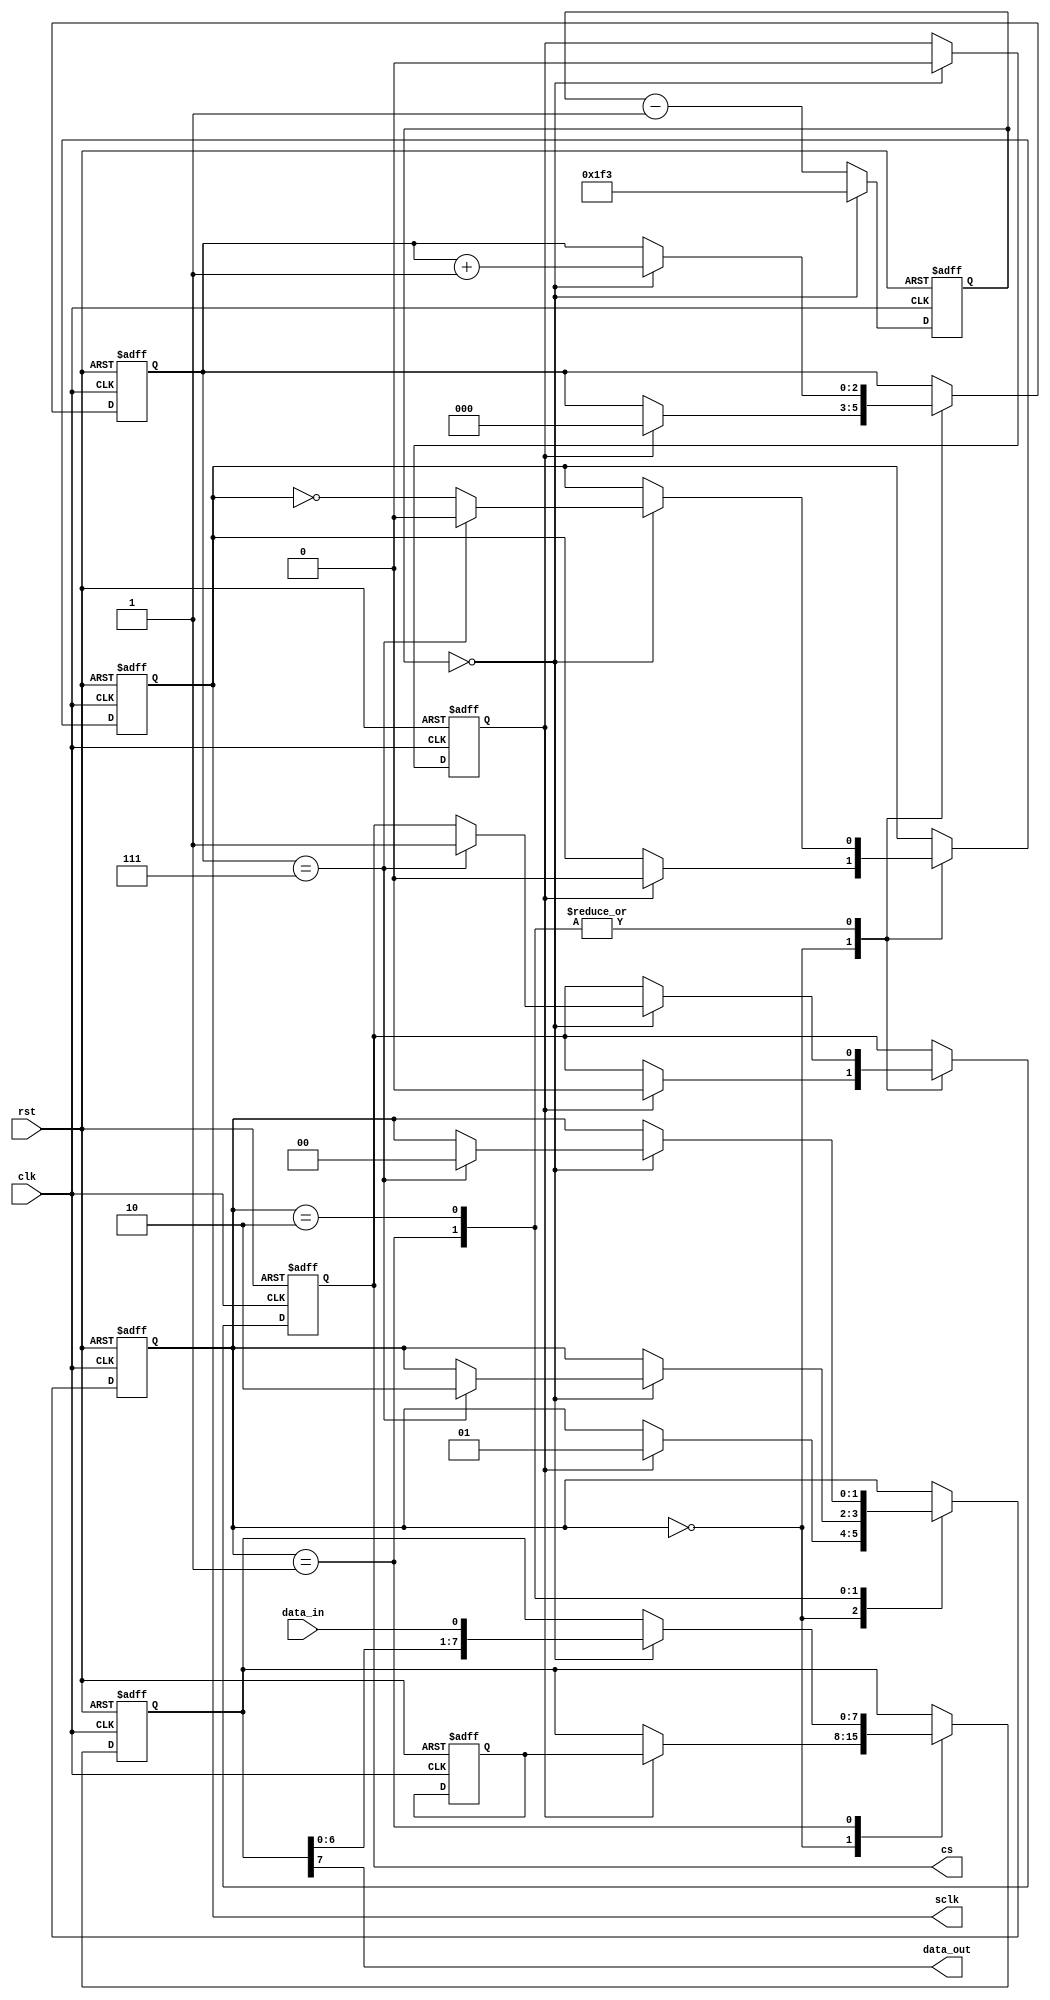
module spi_master (
    input wire clk,
    input wire rst,
    input wire data_in,
    output reg data_out,
    output reg cs,
    output reg sclk
);

// State machine
parameter IDLE = 2'b00;
parameter SEND_DATA = 2'b01;
parameter RECEIVE_DATA = 2'b10;

reg [1:0] state;

// Data registers
reg [7:0] tx_data;
reg [7:0] rx_data;

// Control signals
reg start_transfer;

// Shift register
reg [7:0] shift_reg;
reg [2:0] shift_count;

// Clock divider
reg [15:0] clk_counter;

always @(posedge clk or posedge rst) begin
    if (rst) begin
        state <= IDLE;
        tx_data <= 8'b0;
        rx_data <= 8'b0;
        shift_reg <= 8'b0;
        shift_count <= 3'b0;
        start_transfer <= 1'b0;
        sclk <= 1'b0;
        cs <= 1'b1;
        clk_counter <= 16'd0;
    end else begin
        case(state)
            IDLE: begin
                if (start_transfer) begin
                    state <= SEND_DATA;
                    shift_reg <= tx_data;
                    shift_count <= 3'b0;
                    sclk <= 1'b0;
                    cs <= 1'b0;
                end
            end
            SEND_DATA: begin
                if (clk_counter == 16'd0) begin
                    sclk <= ~sclk;
                    shift_reg <= {shift_reg[6:0], data_in};
                    shift_count <= shift_count + 1;

                    if (shift_count == 3'b111) begin
                        state <= RECEIVE_DATA;
                        sclk <= 1'b0;
                        cs <= 1'b1;
                    end
                end
            end
            RECEIVE_DATA: begin
                if (clk_counter == 16'd0) begin
                    sclk <= ~sclk;
                    rx_data <= {rx_data[6:0], data_in};
                    shift_count <= shift_count + 1;

                    if (shift_count == 3'b111) begin
                        state <= IDLE;
                        sclk <= 1'b0;
                        cs <= 1'b1;
                    end
                end
            end
        endcase

        if (clk_counter == 16'd0) begin
            start_transfer <= 1'b0;
            clk_counter <= 16'd499;
        end else begin
            clk_counter <= clk_counter - 1;
        end
    end
end

always @(*) begin
    data_out = shift_reg[7];
end

endmodule